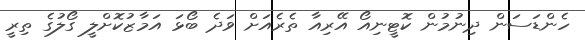
ހެންޑަސަން ދިނުމުން ކޮޓީނިއޯ އޭރިއާ ތެރެއަށް ވަދެ ބޯޅަ އަމާޒުކޮށްލީ ގޯލުގެ ތިރީ